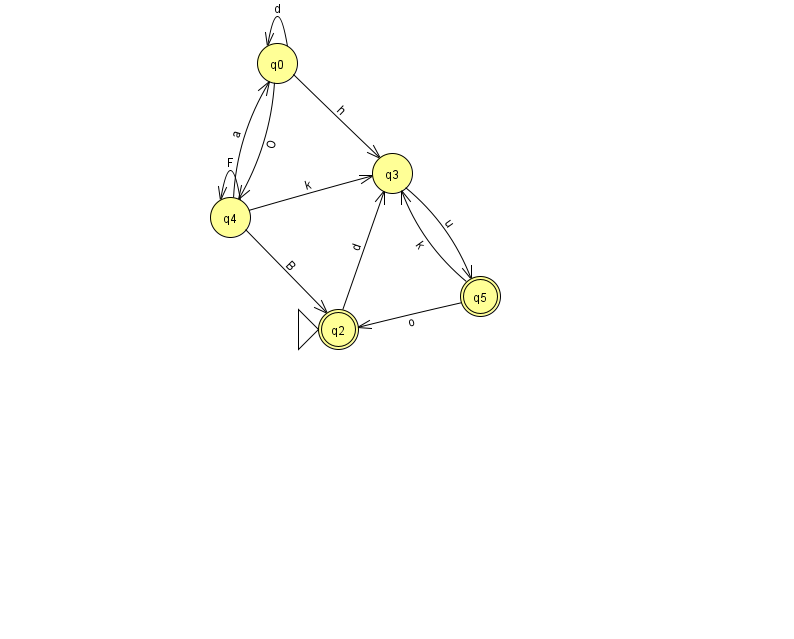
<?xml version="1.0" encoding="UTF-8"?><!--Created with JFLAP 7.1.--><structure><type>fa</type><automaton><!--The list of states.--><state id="0" name="q0"><x>277.0</x><y>50.0</y></state><state id="2" name="q2"><x>338.0</x><y>316.0</y><initial/><final/></state><state id="3" name="q3"><x>392.0</x><y>160.0</y></state><state id="4" name="q4"><x>230.0</x><y>204.0</y></state><state id="5" name="q5"><x>480.0</x><y>283.0</y><final/></state><!--The list of transitions.--><transition><from>3</from><to>5</to><read>u</read></transition><transition><from>0</from><to>3</to><read>h</read></transition><transition><from>4</from><to>2</to><read>B</read></transition><transition><from>0</from><to>0</to><read>d</read></transition><transition><from>4</from><to>0</to><read>a</read></transition><transition><from>4</from><to>4</to><read>F</read></transition><transition><from>4</from><to>3</to><read>k</read></transition><transition><from>5</from><to>2</to><read>o</read></transition><transition><from>2</from><to>3</to><read>d</read></transition><transition><from>0</from><to>4</to><read>O</read></transition><transition><from>5</from><to>3</to><read>k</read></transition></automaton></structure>